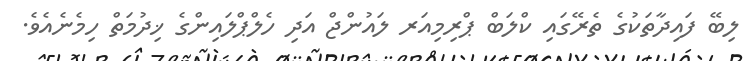
ލިބޭ ފައިދާތަކުގެ ތެރޭގައި ކްލަބް ޕްރިމިއަރ ލައުންޖް އަދި ހެލްޕްލައިންގެ ޚިދުމަތް ހިމެނެއެވެ.